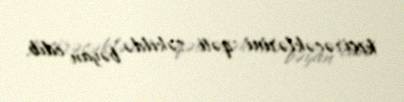
keçirəcəklərini qəti şəkildə bəyan edib.